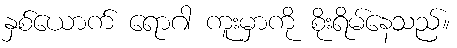
နှစ်ယောက် ရောဂါ ကူးမှာကို စိုးရိမ်နေသည်။